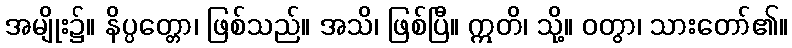
အမျိုး၌။ နိပ္ပတ္တော၊ ဖြစ်သည်။ အသိ၊ ဖြစ်ပြီ။ ဣတိ၊ သို့။ ဝတွာ၊ သားတော်၏။